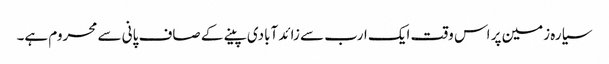
سیارہ زمین پر اس وقت ایک ارب سے زائد آبادی پینے کے صاف پانی سے محروم ہے۔